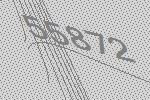
55872